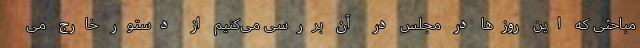
مباحثی که این روزها در مجلس در آن بررسی می‌کنیم از دستور خارج می‌